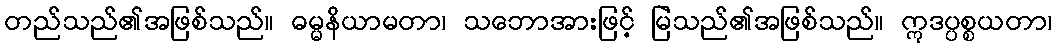
တည်သည်၏အဖြစ်သည်။ ဓမ္မနိယာမတာ၊ သဘောအားဖြင့် မြဲသည်၏အဖြစ်သည်။ ဣဒပ္ပစ္စယတာ၊